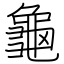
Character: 龜